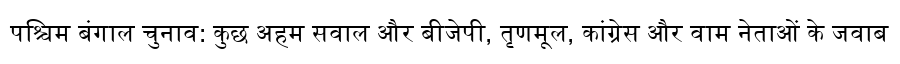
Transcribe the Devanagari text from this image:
पश्चिम बंगाल चुनाव: कुछ अहम सवाल और बीजेपी, तृणमूल, कांग्रेस और वाम नेताओं के जवाब